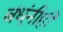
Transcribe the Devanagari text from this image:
बंधूंनीही